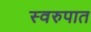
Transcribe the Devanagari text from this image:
स्‍वरुपात